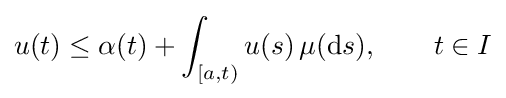
u(t)\leq \alpha (t)+\int _{[a,t)}u(s)\,\mu (\mathrm {d} s),\qquad t\in I